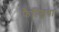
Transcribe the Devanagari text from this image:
फैल्डिया